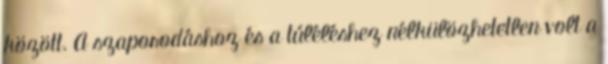
között. A szaporodáshoz és a túléléshez nélkülözhetetlen volt a